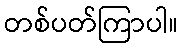
တစ်ပတ်ကြာပါ။